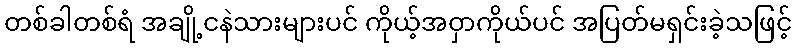
တစ်ခါတစ်ရံ အချို့ငနဲသားများပင် ကိုယ့်အဝှာကိုယ်ပင် အပြတ်မရှင်းခဲ့သဖြင့်